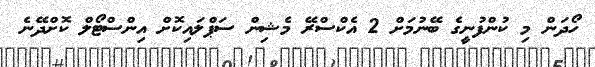
ހޯދަން މި ކުންފުނީގެ ބޭނުމަށް 2 އެކްސްރޭ މެޝިން ސަޕްލައިކޮށް އިންސްޓޯލް ކޮށްދޭނެ